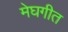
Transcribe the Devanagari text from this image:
मेघगीत